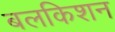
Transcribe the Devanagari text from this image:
बलकिशन